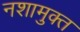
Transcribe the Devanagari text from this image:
नशामुक्त